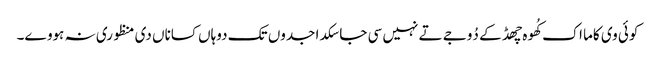
کوئی وی کاما اک کُھوہ چھڈ کے دُوجے تے نہیں سی جا سکدا جدوں تک دوہاں کساناں دی منظوری نہ ہووے۔